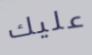
عليك